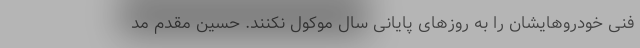
فنی خودروهایشان را به روزهای پایانی سال موکول نکنند. حسین مقدم مد